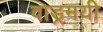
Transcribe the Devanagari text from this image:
वाड्रमयी